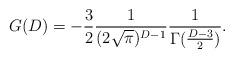
LaTeX: \begin{align*}G(D)=-\frac{3}{2}\frac{1}{(2\sqrt{\pi})^{D-1}}\frac{1}{\Gamma(\frac{D-3}{2})}.\end{align*}